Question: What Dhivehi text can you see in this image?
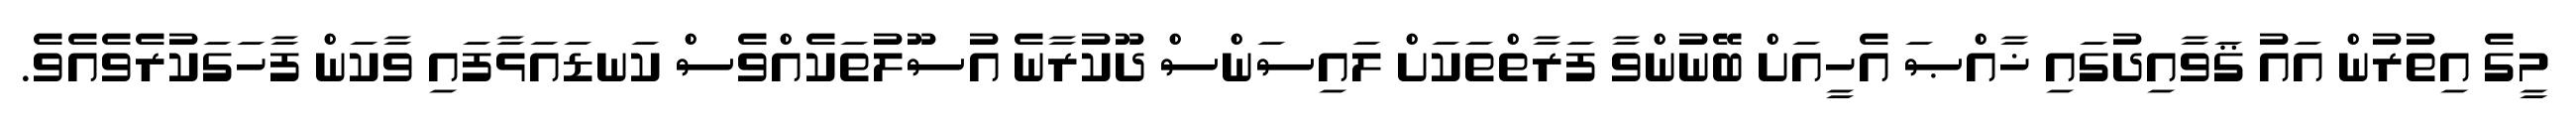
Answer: މީގެ އިތުރުން އައު ޤަވާއިދުގައި ޚާއްޞަ އެހީއަށް ބޭނުންވާ ފަރާތްތަކަށް ލައިސަންސް ދޫކުރާނެ އުސޫލުތަކެއްވެސް ކަނޑައަޅާފައި ވާކަން ފާހަގަކުރެވެއެވެ.